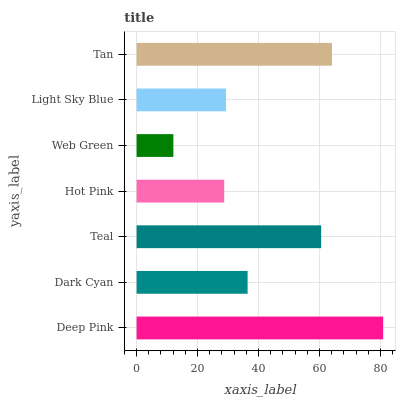
| yaxis_label | bars |
 | --- | --- |
 | Deep Pink | 80.9 |
 | Dark Cyan | 36.4 |
 | Teal | 60.6 |
 | Hot Pink | 28.7 |
 | Web Green | 12.1 |
 | Light Sky Blue | 29.3 |
 | Tan | 64.1 |